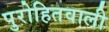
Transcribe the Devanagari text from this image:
पुरोहितवाली